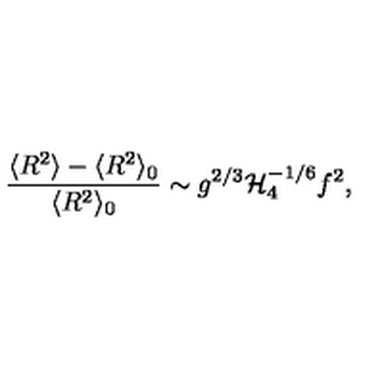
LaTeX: \frac { \langle R ^ { 2 } \rangle - \langle R ^ { 2 } \rangle _ { 0 } } { \langle R ^ { 2 } \rangle _ { 0 } } \sim g ^ { 2 / 3 } { \cal H } _ { 4 } ^ { - 1 / 6 } f ^ { 2 } ,